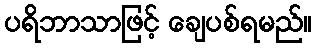
ပရိဘာသာဖြင့် ချေပစ်ရမည်။